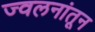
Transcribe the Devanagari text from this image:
ज्वलनांतून